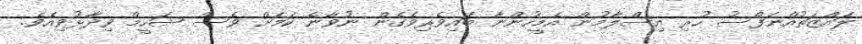
ލައްޒަތުއްނަފްސު ހުރި އިސްލާމުން އެމީހުންނާ ބައިވެރިވެގެން ނުވާނެ ކަމަށް ވެސް ޝަހީމް ވިދާޅުވިއެވެ.